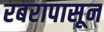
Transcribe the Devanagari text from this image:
रबरापासून